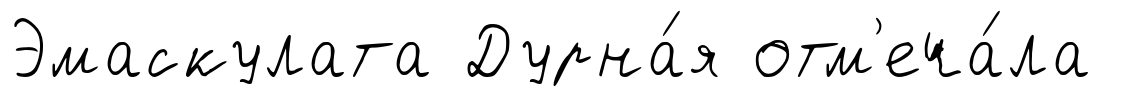
Эмаскулата Дурна́я отм'еча́ла